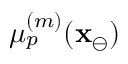
\mu _ { p } ^ { ( m ) } ( \mathbf { x } _ { \ominus } )